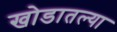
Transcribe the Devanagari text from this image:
खोडातल्या